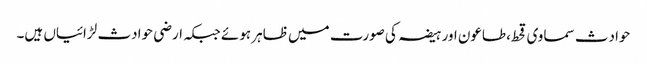
حوادث سماوی قحط،طاعون اور ہیضہ کی صورت میں ظاہر ہوئے جبکہ ارضی حوادث لڑائیاں ہیں۔